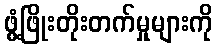
ဖွံ့ဖြိုးတိုးတက်မှုများကို